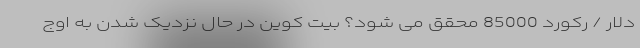
دلار / رکورد 85000 محقق می شود؟ بیت کوین در حال نزدیک شدن به اوج